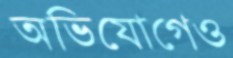
অভিযোগেও